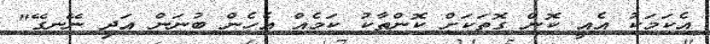
އެކަމަކު އެއީ ކޮން ގޮތަކަށް ކޮންތާކު ކަމެއް އެހެން ބުނަން އަދި ނޭނގޭ"